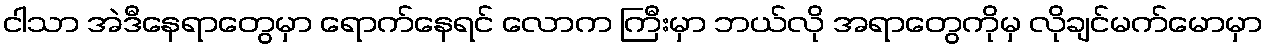
ငါသာ အဲဒီနေရာတွေမှာ ရောက်နေရင် လောက ကြီးမှာ ဘယ်လို အရာတွေကိုမှ လိုချင်မက်မောမှာ